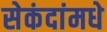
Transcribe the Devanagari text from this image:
सेकंदांमधे